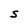
Character: S